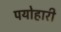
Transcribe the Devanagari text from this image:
पयोहारी